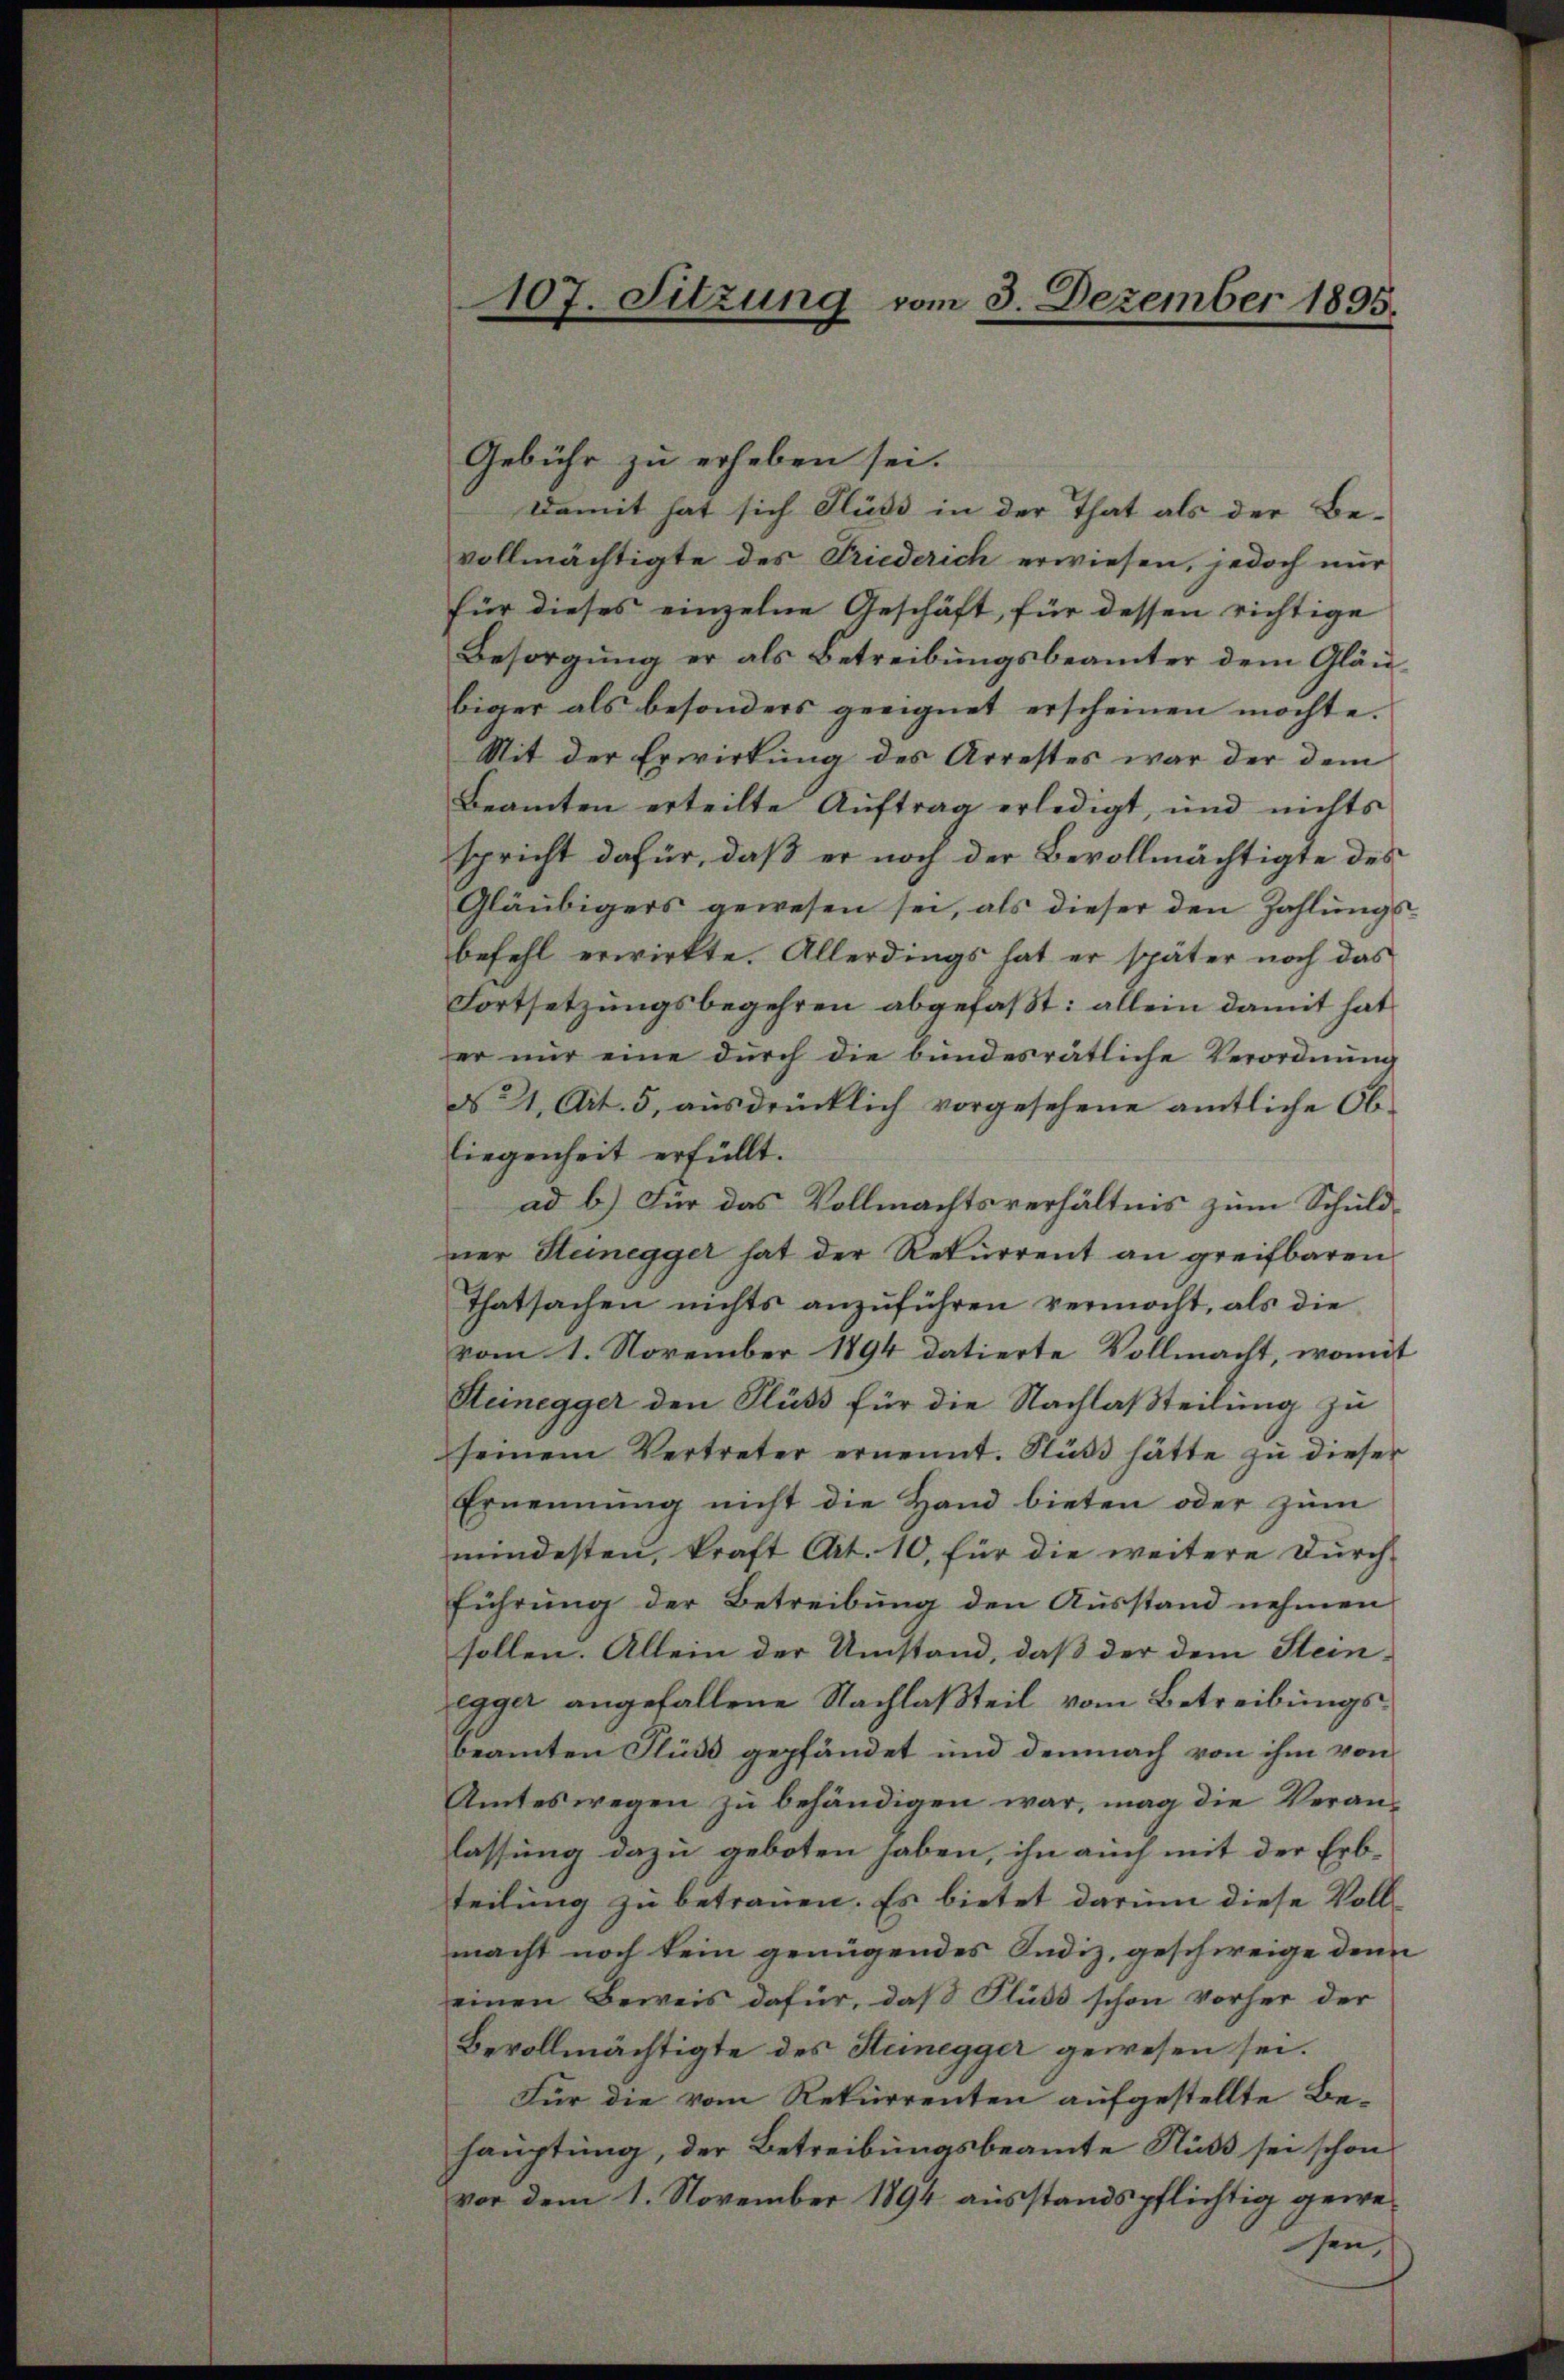
107. Sitzung vom 3. Dezember 1895.

Gebühr zu erheben sei.
Damit hat sich Fluss in der That als der Be-
vollmächtigte des Friederich erwiesen, jedoch nur
für dieses einzelne Geschäft, für dessen richtige
Besorgung er als Betreibungsbeamter dem Gläubiger als besonders geeignet erscheinen möchte.
Mit der Erwirkung des Arrestes war der dem
Beamten erteilte Auftrag erledigt, und nichts
spricht dafür, daß er noch der Bevollmächtigte des
Gläubigers gewesen sei, als dieser den Zahlungsbefehl erwirkte. Allerdings hat er später noch das
Fortsetzungsbegehren abgefaßt: allein damit hat
er nur eine durch die bundesrätliche Verordnung
d 1, Art. 5, ausdrücklich vorgesehene amtliche Obliegenheit erfüllt.
ad b.) Für das Vollmachtsverhältnis zum Schuld-
ner Heinegger hat der Rekurrent an greifbaren
Thatsachen nichts anzŭführen vermocht, als die
vom 1. November 1894 datierte Vollmacht, womit
Steinegger den Fluss für die Nachlaßteilung zu
seinem Vertreter ernennt. Stüß hätte zu dieser
Ernennung nicht die Hand bieten oder zŭm
mindesten, kraft Art. 10, für die weitere Durchführung der Betreibung den Ausstand nehmen
sollen. Allein der Umstand, dass der dem Stein-
egger angefallene Nachlaßteil vom Betreibungsbeamten Fluss gepfändet und demnach von ihm von
Amtes wegen zu behändigen war, mag die Veranlassung dazu geboten haben, ihn auch mit der Erbteilung zu betrauen. Es bietet darum diese Vollmacht noch kein genügendes Indiz, geschweige denn
einen Beweis dafür, daß Pluss schon vorher der
Bevollmächtigte des Steinegger gewesen sei.
Für die vom Rekurrenten aufgestellte Behauptung, der Betreibungsbeamte Ruß sei schon
vor dem 1. November 1894 ausstandspflichtig gewesen,